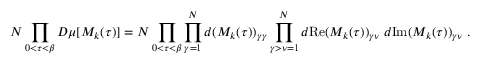
{ \cal N } \prod _ { 0 < \tau < \beta } D \mu [ M _ { k } ( \tau ) ] = { \cal N } \prod _ { 0 < \tau < \beta } \prod _ { \gamma = 1 } ^ { N } d ( M _ { k } ( \tau ) ) _ { \gamma \gamma } \prod _ { \gamma > \nu = 1 } ^ { N } d \mathrm { R e } ( M _ { k } ( \tau ) ) _ { \gamma \nu } \; d \mathrm { I m } ( M _ { k } ( \tau ) ) _ { \gamma \nu } \; .